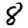
Digit: 8